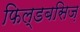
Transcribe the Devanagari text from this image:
फिल्डबसिज़